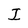
Character: I